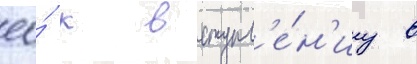
ео́ к вступл'е́н'иу в